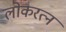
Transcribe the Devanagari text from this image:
लोकरत्न